Ernst_Jaakson, lk 25
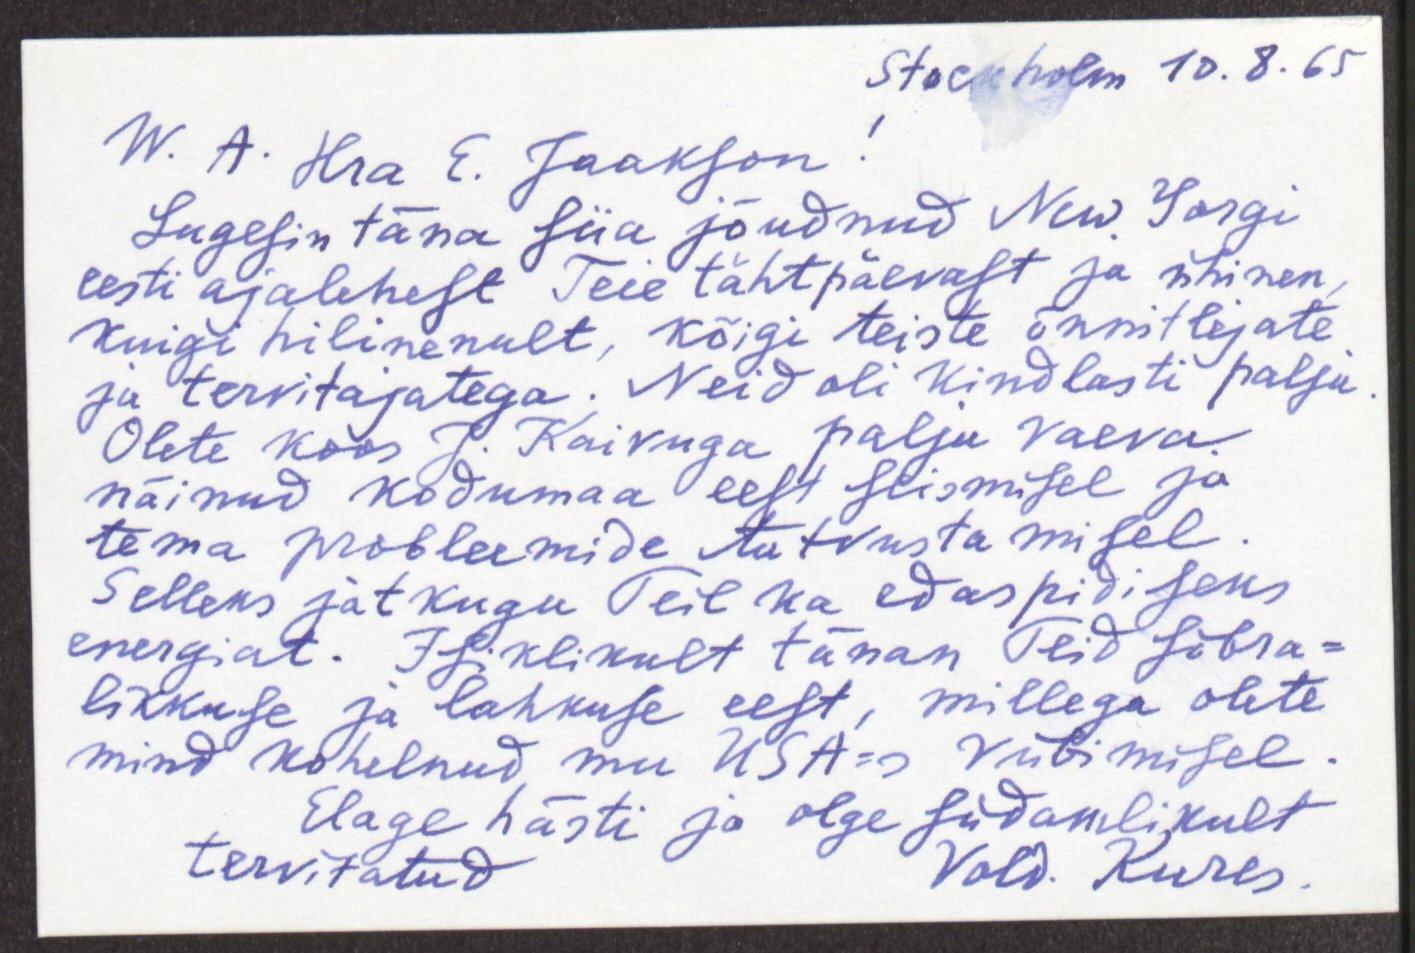
Stockholm 10.8.65

W. A. Hra E. Jaakson!
Lugesin täna siia jõudnud New Yorgi
eesti ajalehest Teie tähtpäevast ja ühinen,
kuigi hilinenult, kõigi teiste õnnitlejate
ja tervitajatega. Neid oli kindlasti palju.
Olete koos J. Kaivuga palju vaeva
näinud kodumaa eest seismisel ja
tema probleemide tutvustamisel.
Selleks jätkugu Teil ka edaspidiseks
energiat. Isiklikult tänan Teid sõbra-
likkuse ja lahkuse eest, millega olete
mind kohelnud mu USA-s Viibimisel.
Elage hästi ja olge südamlikult
tervitatud
Vald. Kures